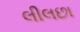
લીલછા